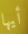
أيها